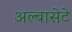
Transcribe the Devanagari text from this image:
अल्बासेटे